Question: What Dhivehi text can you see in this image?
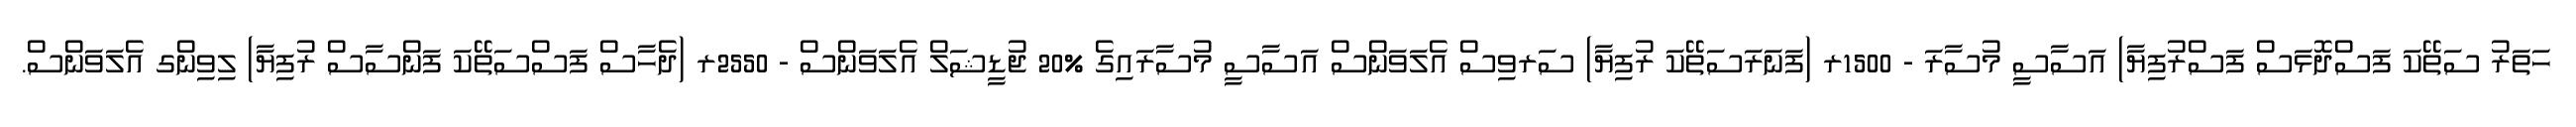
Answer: ހަތަރު ސަތޭކަ ފަސްދޮޅަސް ފަސްރުފިޔާ) އަސާސީ މުސާރަ - 1500ރ (ފަނަރަސަތޭކަ ރުފިޔާ) ސަރވިސް އެލަވަންސް އަސާސީ މުސާރައިގެ %20 ޖުޑީޝަލް އެލަވަންސް - 2550ރ (ދެހާސް ފަސްސަތޭކަ ފަންސާސް ރުފިޔާ) ލިވިންގ އެލަވަންސް.